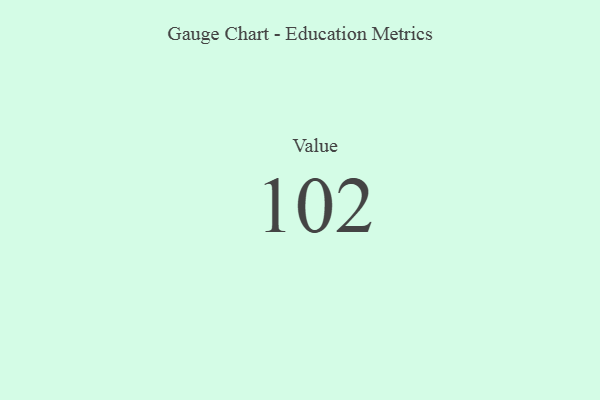
{"axis": {"x": "Metric", "y": "Value"}, "legend": [""], "data": [{"x": "Value", "y": 102, "type": ""}]}